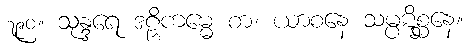
၇၉၀။ သုန္ဒရေ ဒဠှိကမ္မေ စာ၊ ယာစနေ သမ္ပဋိစ္ဆနေ။